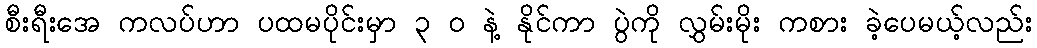
စီးရီးအေ ကလပ်ဟာ ပထမပိုင်းမှာ ၃ ၀ နဲ့ နိုင်ကာ ပွဲကို လွှမ်းမိုး ကစား ခဲ့ပေမယ့်လည်း